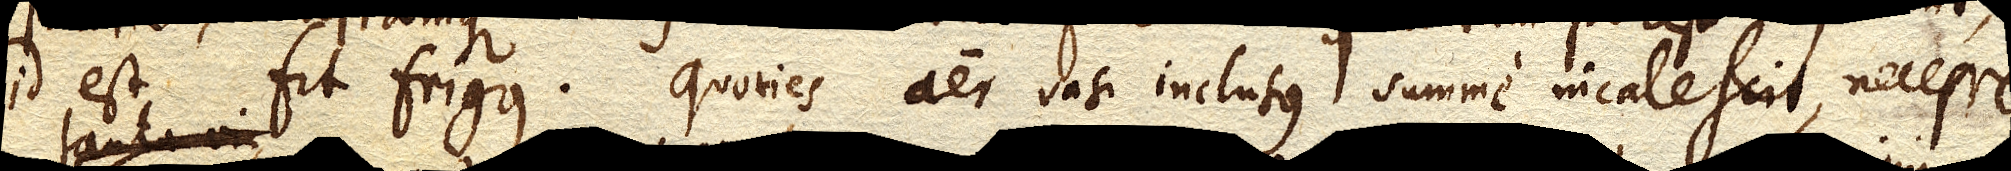
id est fit frigus. Quoties aer vasi inclusus summe incalescit, necesse